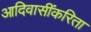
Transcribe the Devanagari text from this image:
आदिवासींकरिता